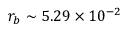
r _ { b } \sim 5 . 2 9 \times 1 0 ^ { - 2 }